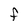
Character: F